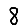
Digit: 8